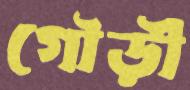
গৌড়ী